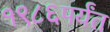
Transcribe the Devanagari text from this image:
१९८६पर्यंत